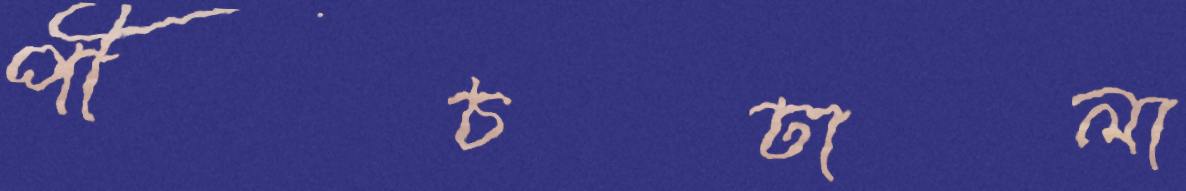
পীচঢালা